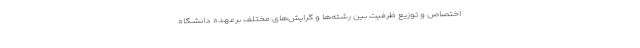
اختصاص و توزیع ظرفیت بین رشته‌ها و گرایش‌های مختلف برعهده دانشگاه